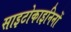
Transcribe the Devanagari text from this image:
साइटोकाइनिनों